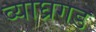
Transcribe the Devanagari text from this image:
व्याघ्रगड